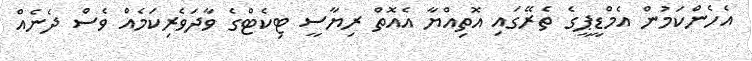
އެހެންކަމުން އެމްޑީޕީގެ ތެރޭގައި އޮތިއްޔާ އެއޮތް ރިޔާސީ ޓިކެޓްގެ ވާދަވެރިކަމެއް ވެސް ދެނެއް